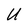
Character: U